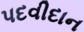
પદવીદાન